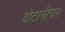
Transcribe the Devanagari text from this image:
बोटानीचर